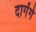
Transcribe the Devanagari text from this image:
दागेंगे